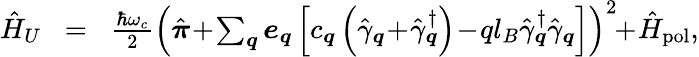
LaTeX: \begin{array}{rlr}{\hat{H}_{U}}&{\! =\! }&{\frac{\hbar\omega_{c}}{2}\left(\hat{\boldsymbol{\pi}}\! +\! \sum_{\boldsymbol{q}}\boldsymbol{e}_{\boldsymbol{q}}\left[c_{\boldsymbol{q}}\left(\hat{\gamma}_{\boldsymbol{q}}\! +\! \hat{\gamma}_{\boldsymbol{q}}^{\dagger}\right)\! -\! ql_{B}\hat{\gamma}_{\boldsymbol{q}}^{\dagger}\hat{\gamma}_{\boldsymbol{q}}\right]\right)^{2}\! \! +\! \hat{H}_{\mathrm{pol}},}\end{array}